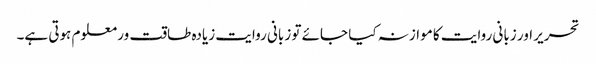
تحریر اور زبانی روایت کا موازنہ کیا جائے تو زبانی روایت زیادہ طاقت ور معلوم ہوتی ہے۔